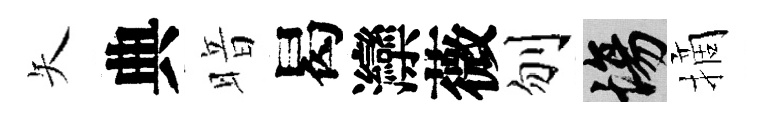
矢典暗曷灤薇刎場摘